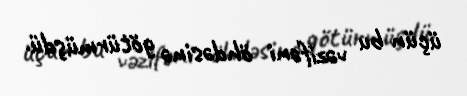
üçün bu vəzifəni öhdəsinə götürmüşdü.